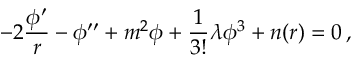
- 2 \frac { \phi ^ { \prime } } r - \phi ^ { \prime \prime } + m ^ { 2 } \phi + \frac 1 { 3 ! } \lambda \phi ^ { 3 } + n ( r ) = 0 \, ,